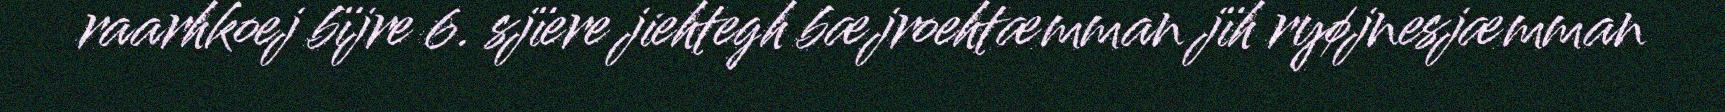
raarhkoej bïjre 6. sjïere jiehtegh bæjroehtæmman jïh ryøjnesjæmman